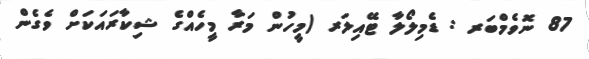
87 ނޮވެމްބަރ : ޑެމިލޯލާ ޓޭއިލަރ (މީހުން މަރާ މީހެއްގެ ޝިކާރައަކަށް ވެގެން